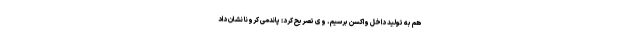
هم به تولید داخل واکسن برسیم. وی تصریح کرد: پاندمی کرونا نشان داد